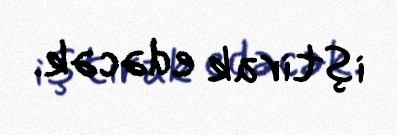
iştirak edəcək.